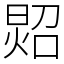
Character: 㷖